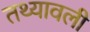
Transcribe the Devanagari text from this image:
तथ्यावली